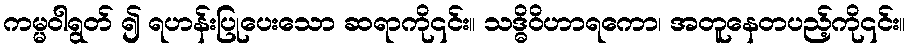
ကမ္မဝါရွတ် ၍ ရဟန်းပြုပေးသော ဆရာကို၎င်း။ သဒ္ဓိဝိဟာရကော၊ အတူနေတပည့်ကို၎င်း။